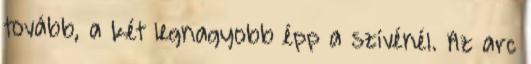
tovább, a két legnagyobb épp a szívénél. Az arc